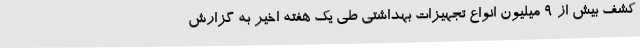
کشف بیش از 9 میلیون انواع تجهیزات بهداشتی طی یک هفته اخیر به گزارش